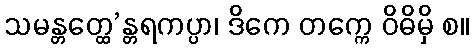
သမန္တတ္ထေ’န္တရကပ္ပာ၊ ဒိကေ တက္ကေ ဝိဓိမှိ စ။